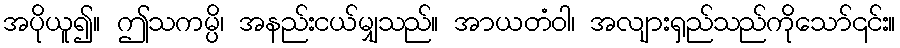
အပိုယူ၍။ ဤသကမ္ပိ၊ အနည်းငယ်မျှသည်။ အာယတံဝါ၊ အလျားရှည်သည်ကိုသော်၎င်း။